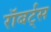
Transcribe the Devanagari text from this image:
रॉबर्ट्‍स